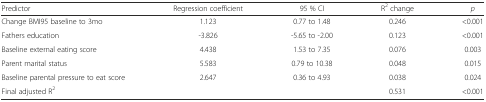
| Predictor | Regression coefficient | 95 % CI | R2 change | p |
 | --- | --- | --- | --- | --- |
 | Change BMI95 baseline to 3mo | 1.123 | 0.77 to 1.48 | 0.246 | <0.001 |
 | Fathers education | -3.826 | -5.65 to -2.00 | 0.123 | <0.001 |
 | Baseline external eating score | 4.438 | 1.53 to 7.35 | 0.076 | 0.003 |
 | Parent marital status | 5.583 | 0.79 to 10.38 | 0.048 | 0.015 |
 | Baseline parental pressure to eat score | 2.647 | 0.36 to 4.93 | 0.038 | 0.024 |
 | Final adjusted R2 |  |  | 0.531 | <0.001 |